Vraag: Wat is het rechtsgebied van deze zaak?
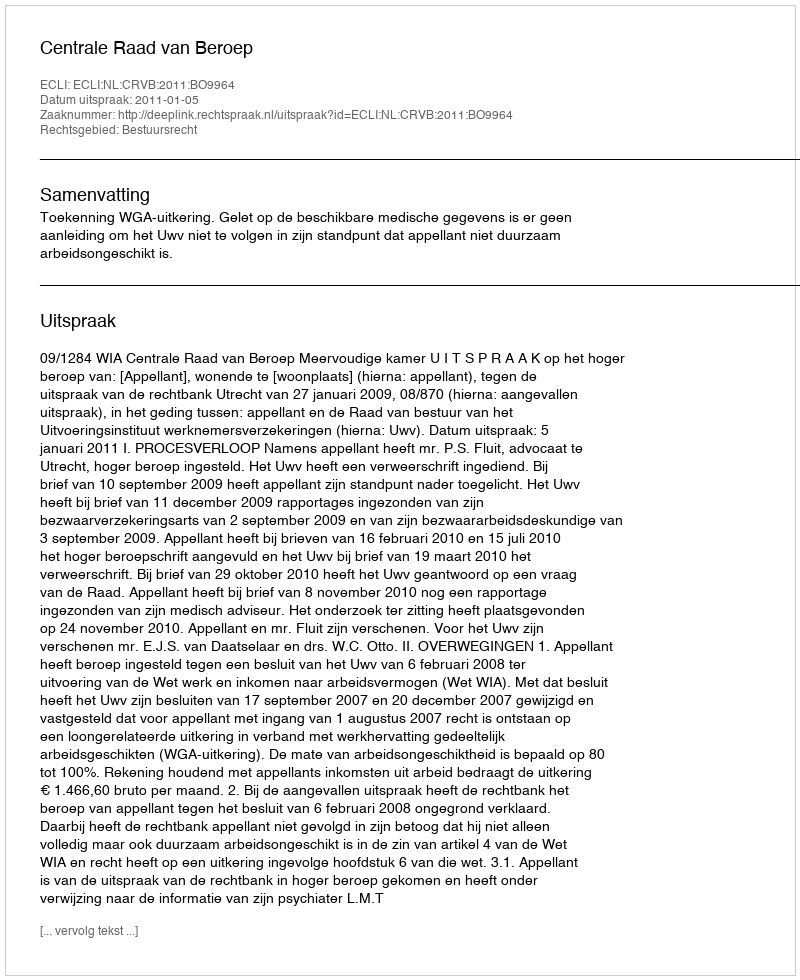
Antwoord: Bestuursrecht